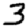
Digit: 3